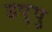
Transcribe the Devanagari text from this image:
डप्पु